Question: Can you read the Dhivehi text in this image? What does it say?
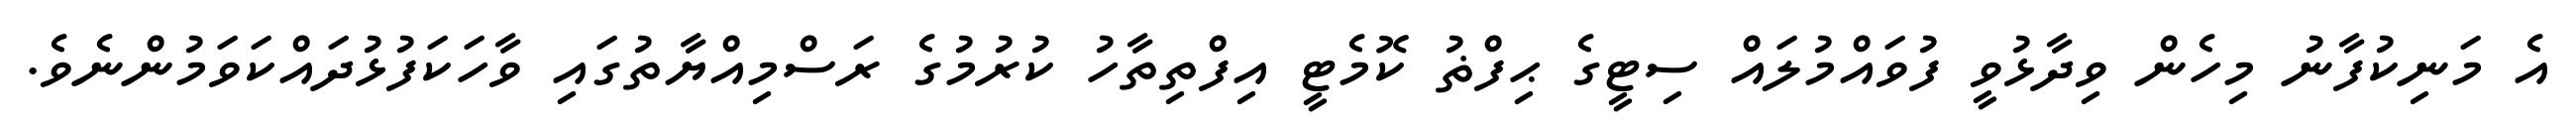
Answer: އެ މަނިކުފާނު މިހެން ވިދާޅުވީ ފުވައްމުލައް ސިޓީގެ ޙިފްޡު ކޮމެޓީ އިފްތިތާހު ކުރުމުގެ ރަސްމިއްޔާތުގައި ވާހަކަފުޅުދައްކަވަމުންނެވެ.